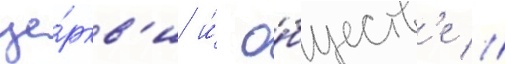
це́ркв'и и́ о́бществ'е //